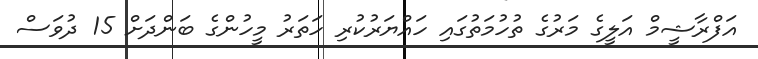
އަފްރާޝީމް އަލީގެ މަރުގެ ތުހުމަތުގައި ހައްޔަރުކުރި ހަތަރު މީހުންގެ ބަންދަށް 15 ދުވަސް